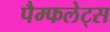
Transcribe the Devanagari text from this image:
पैम्फलेट्स